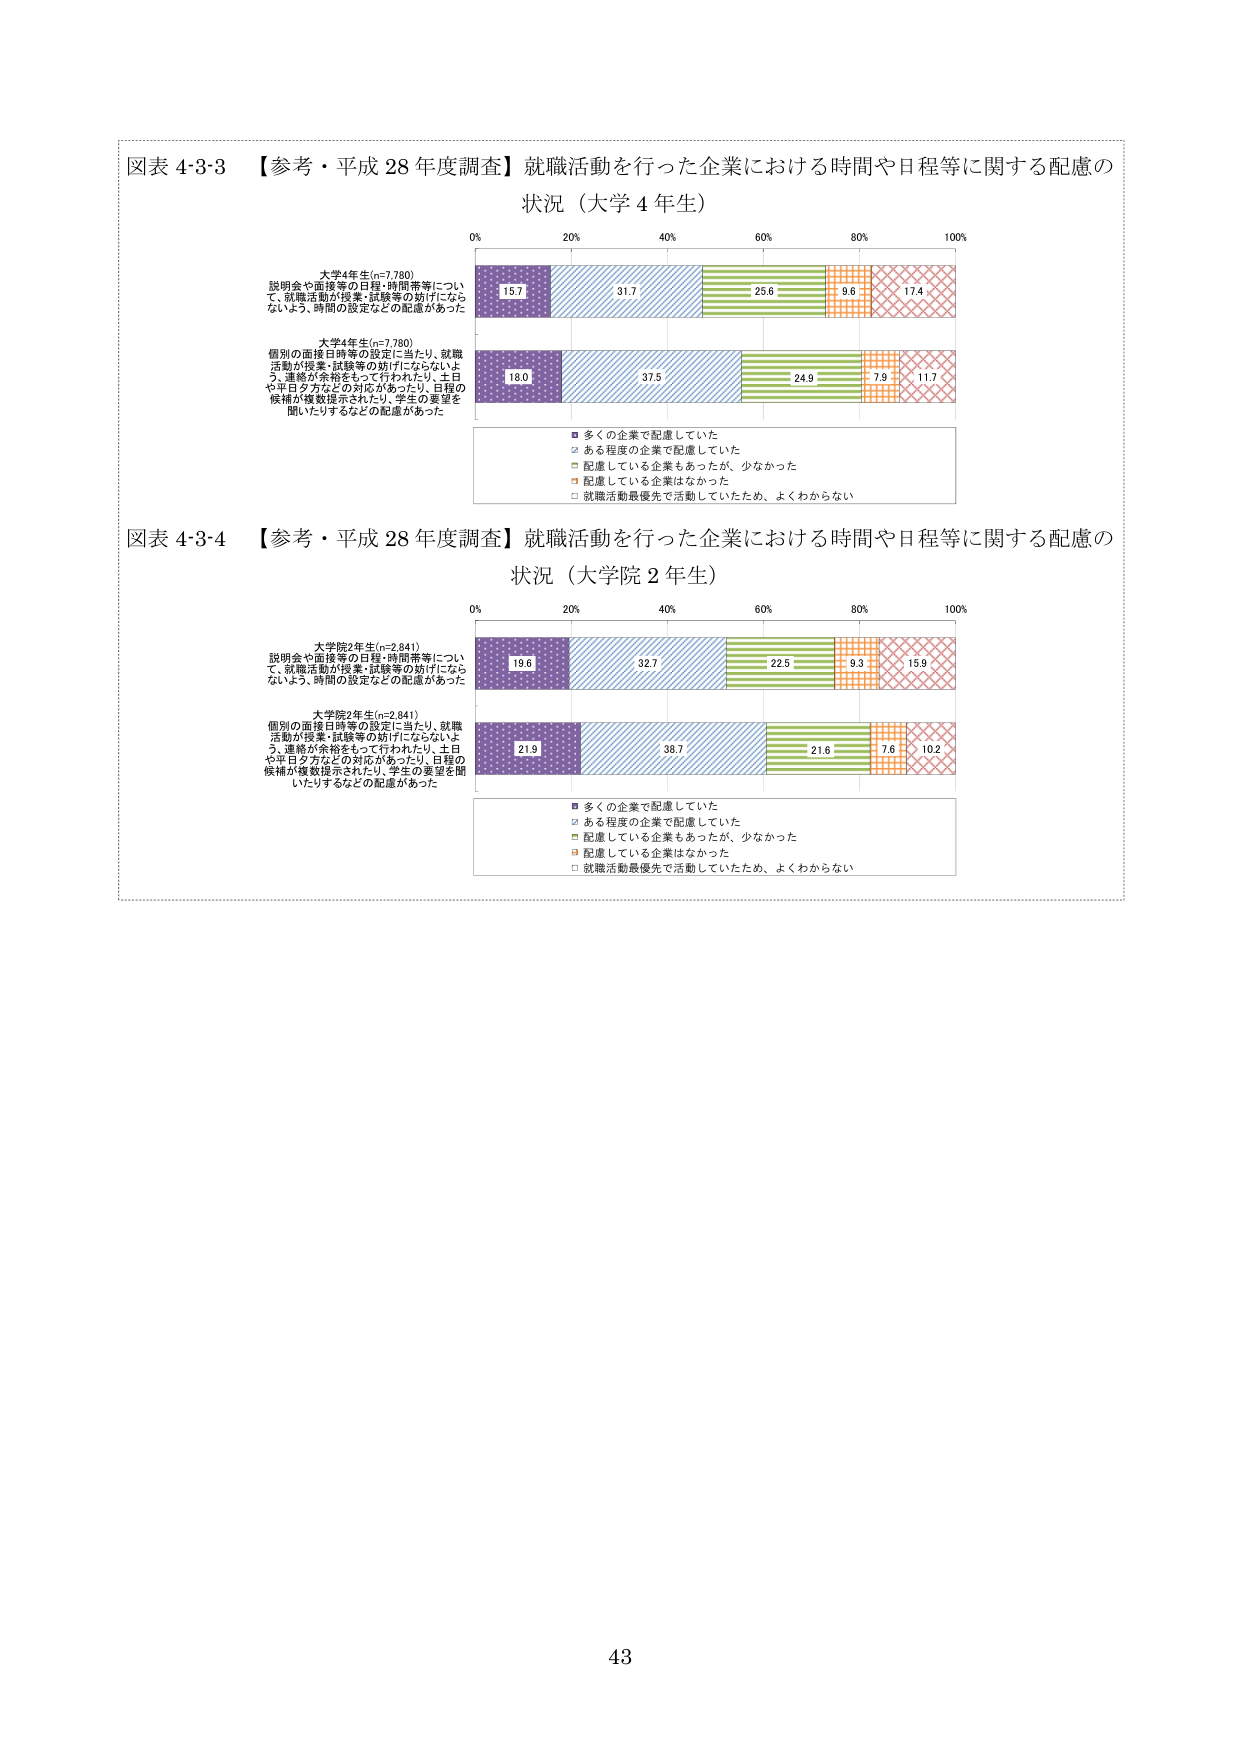
図表 4・3・3 【参考・平成 28 年度調査】就職活動を行った企業における時間や日程等に関する配慮の状況（大学 4 年生）

大学4年生(n=7,780)
説明会や面接等の日程・時間帯等について、就職活動が授業・試験等の妨げにならないよう、時間の設定などの配慮があった

大学4年生(n=7,780)
個別の面接日時等の設定に当たり、就職活動が授業・試験等の妨げにならないよう、連絡が余裕をもって行われたり、土日や平日夕方などの対応があったり、日程の候補が複数提示されたり、学生の要望を聞いたりするなどの配慮があった

■ 多くの企業で配慮していた
□ ある程度の企業で配慮していた
■ 配慮している企業もあったが、少なかった
■ 配慮している企業はなかった
□ 就職活動最優先で活動していたため、よくわからない

図表 4・3・4 【参考・平成 28 年度調査】就職活動を行った企業における時間や日程等に関する配慮の状況（大学院 2 年生）

大学院2年生(n=2,841)
説明会や面接等の日程・時間帯等について、就職活動が授業・試験等の妨げにならないよう、時間の設定などの配慮があった

大学院2年生(n=2,841)
個別の面接日時等の設定に当たり、就職活動が授業・試験等の妨げにならないよう、連絡が余裕をもって行われたり、土日や平日夕方などの対応があったり、日程の候補が複数提示されたり、学生の要望を聞いたりするなどの配慮があった

■ 多くの企業で配慮していた
□ ある程度の企業で配慮していた
■ 配慮している企業もあったが、少なかった
■ 配慮している企業はなかった
□ 就職活動最優先で活動していたため、よくわからない

15.7 31.7 25.6 9.6 17.4
18.0 37.5 24.9 7.9 11.7
19.6 32.7 22.5 9.3 15.9
21.9 38.7 21.6 7.6 10.2

0% 20% 40% 60% 80% 100%
0% 20% 40% 60% 80% 100%

43